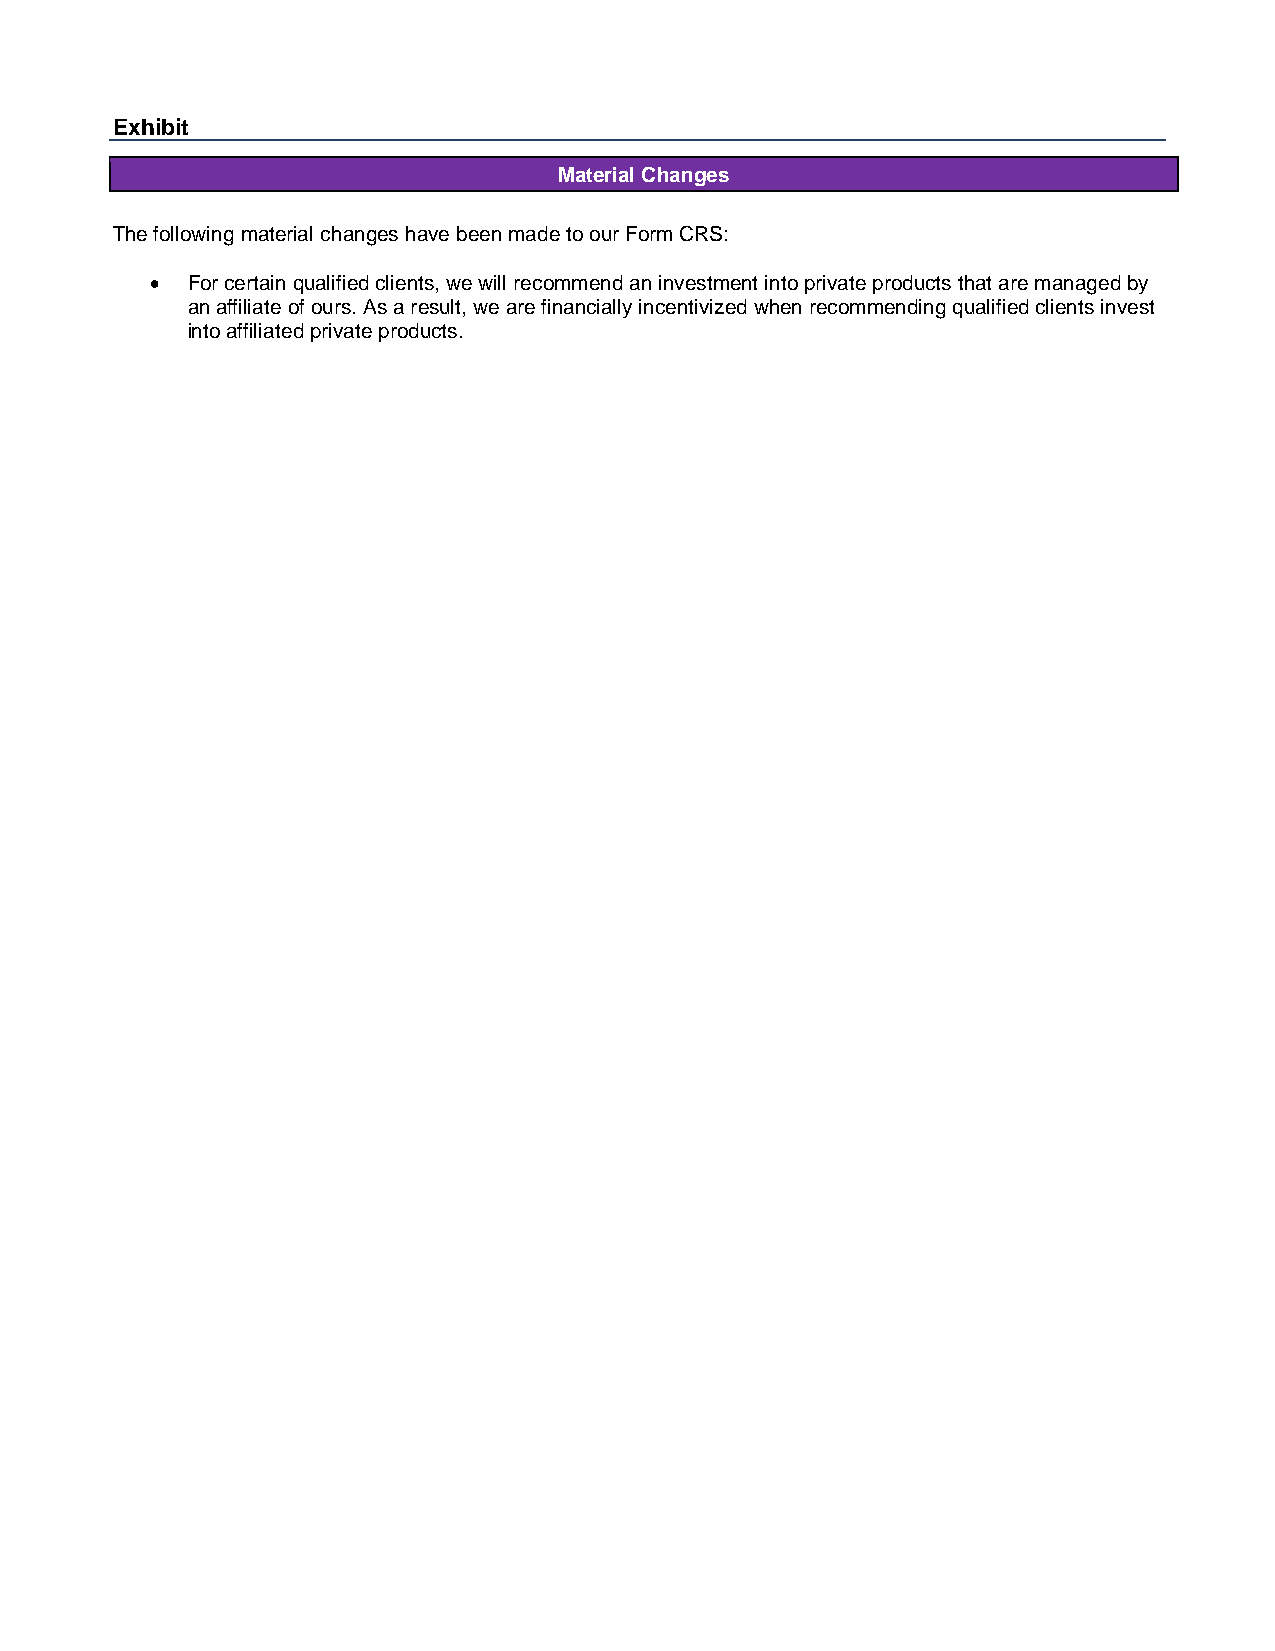
Exhibit
 Material Changes
 The following material changes have been made to our Form CRS:
 • For certain qualified clients, we will recommend an investment into private products that are managed by
 an affiliate of ours. As a result, we are financially incentivized when recommending qualified clients invest
 into affiliated private products.